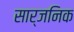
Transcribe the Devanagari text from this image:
सार्जनिक